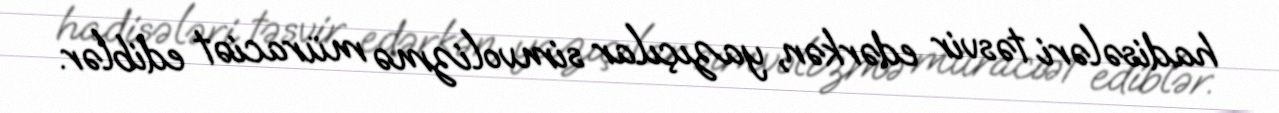
hadisələri təsvir edərkən, yazıçılar simvolizmə müraciət ediblər.